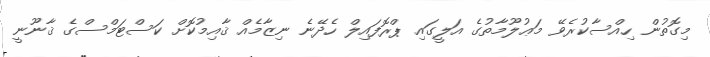
މިގޮތުން ހިއްސާކުރެވޭ މަޢުލޫމާތުގެ އަލީގައި ޕްރޮފައިލް ހެދޭނެ ނިޒާމެއް ޤާއިމުކޮށް ކަސްޓަމްސްގެ ޤާނޫނީ